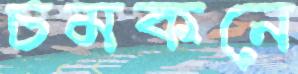
চমকনে